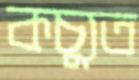
কচ্যুত